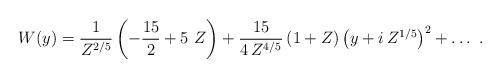
LaTeX: \begin{align*}W(y)=\frac{1}{Z^{2/5}} \left (-\frac{15}{2}+5~Z\right ) +\frac{15}{4\,Z^{4/5}} \left (1+Z\right )\left (y+i\,Z^{1/5} \right )^2+\ldots\ . \end{align*}